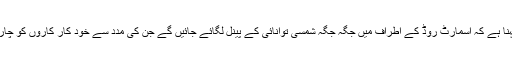
چینی ماہرین کا کہنا ہے کہ اسمارٹ روڈ کے اطراف میں جگہ جگہ شمسی توانائی کے پینل لگائے جائیں گے جن کی مدد سے خود کار کاروں کو چارج کیا جاسکے گا۔